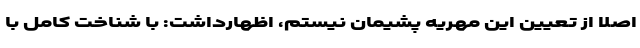
اصلا از تعیین این مهریه پشیمان نیستم، اظهارداشت: با شناخت کامل با